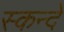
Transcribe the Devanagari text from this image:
स्कन्दे